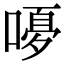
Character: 𭉿